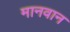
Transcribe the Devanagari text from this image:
मानवान